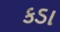
કડા